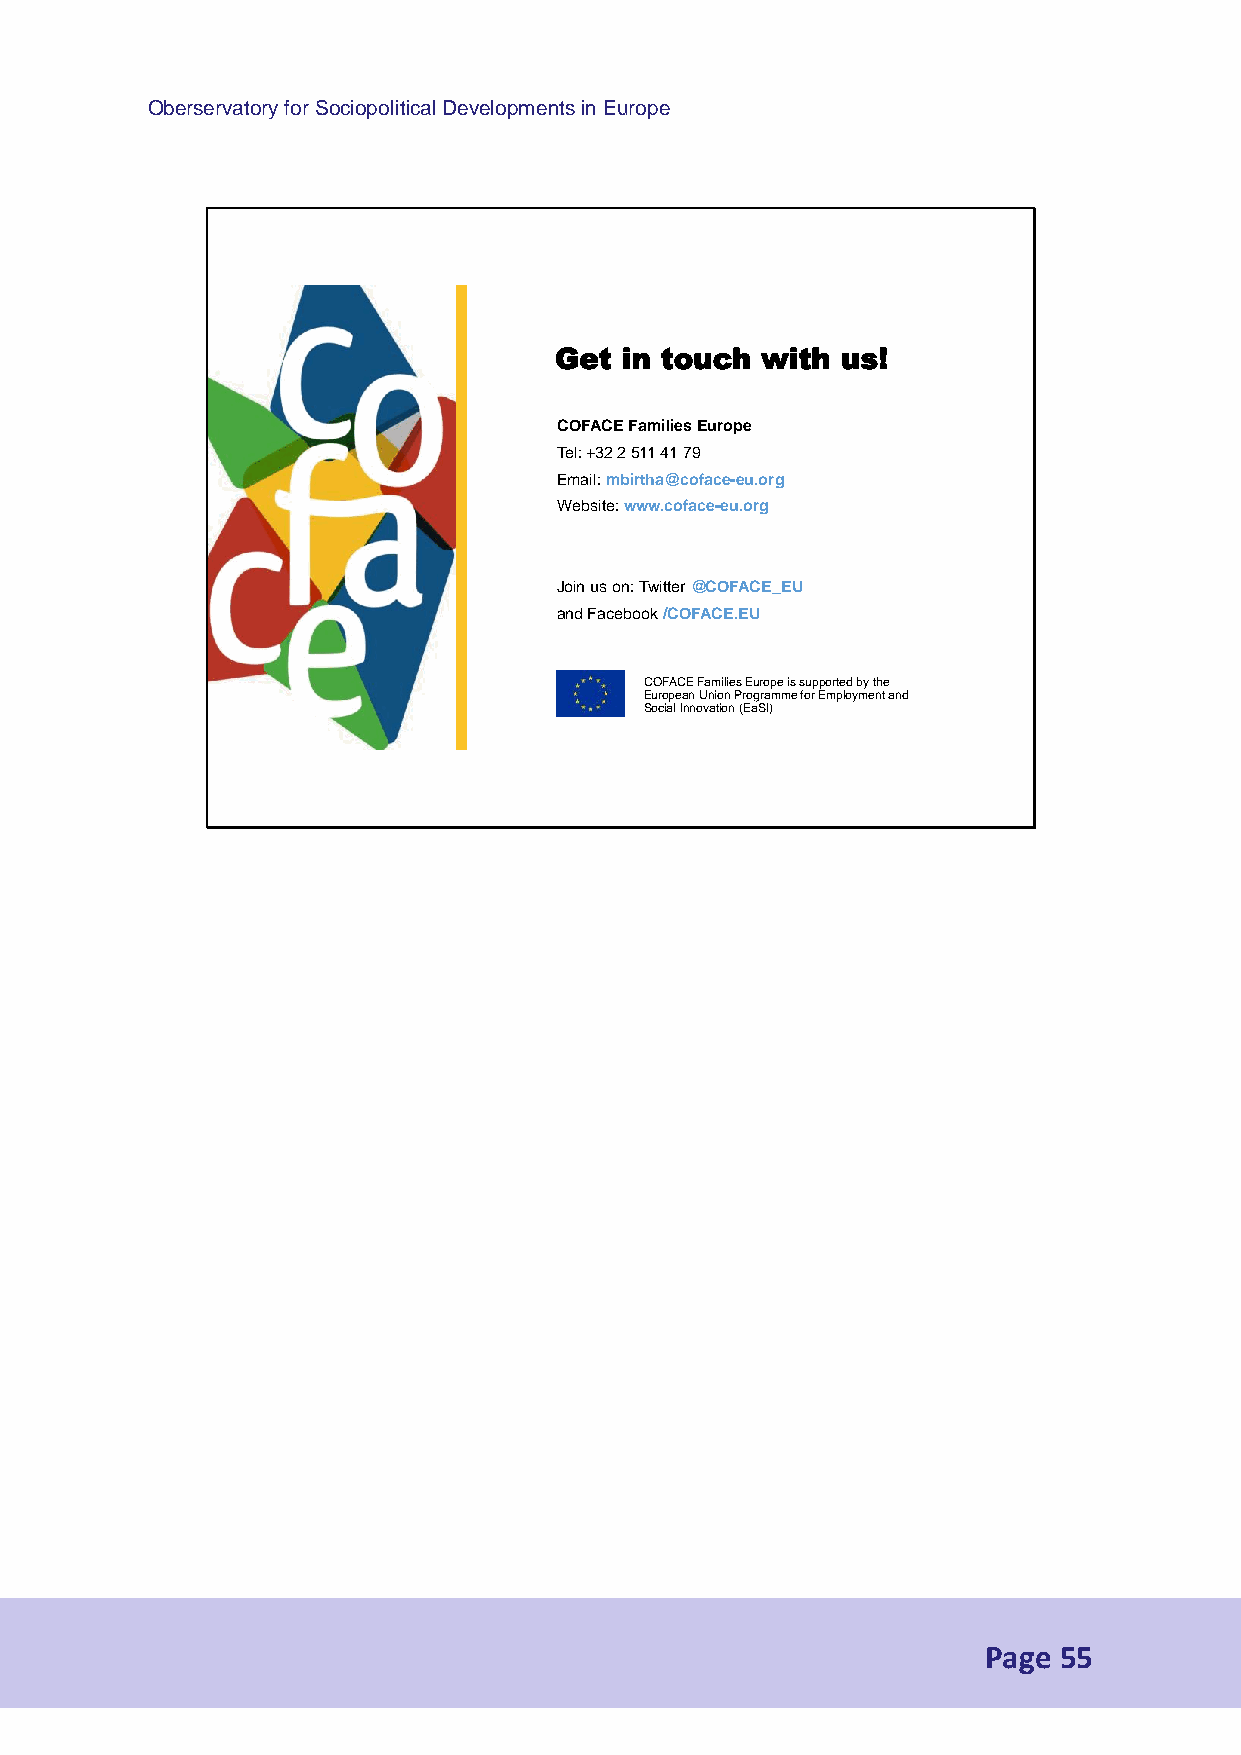
Oberservatory for Sociopolitical Developments in Europe
 Get in touch with  us!
 COFACE FamiliesEurope
 Tel: +32 2 511 41 79
 Email: mbirtha@coface-eu.org
 Website: www.coface-eu.org
 Join us on: Twitter @COFACE_EU
 and Facebook /COFACE.EU
 COFACE Families Europe is supported by the
 European Union Programme for Employment and
 Social Innovation (EaSI)
 Page 55